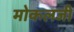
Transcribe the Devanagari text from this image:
मोकलजी